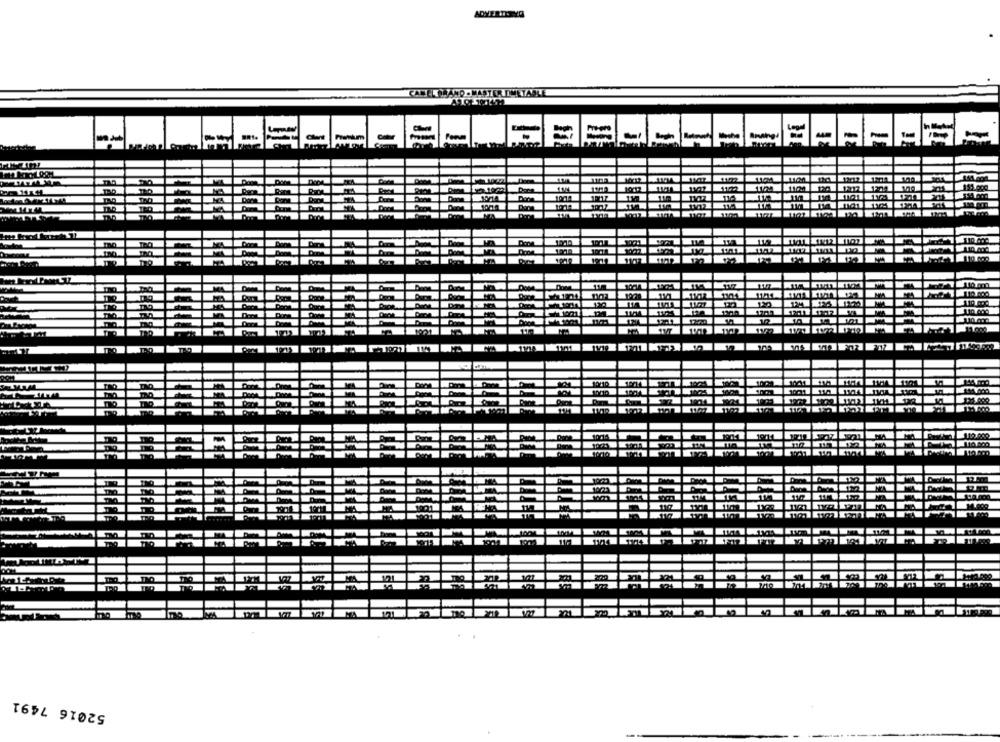
ADVERTLEVO
GRAND . MASTORT
IMETABLE
=
-
-
52016 7491